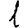
Digit: 1